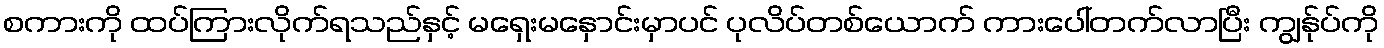
စကားကို ထပ်ကြားလိုက်ရသည်နှင့် မရှေးမနှောင်းမှာပင် ပုလိပ်တစ်ယောက် ကားပေါ်တက်လာပြီး ကျွန်ုပ်ကို